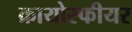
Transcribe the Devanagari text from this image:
क्रायोस्फीयर